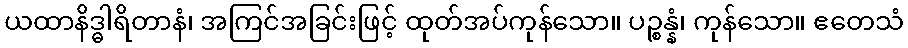
ယထာနိဒ္ဓါရိတာနံ၊ အကြင်အခြင်းဖြင့် ထုတ်အပ်ကုန်သော။ ပဉ္စန္နံ၊ ကုန်သော။ ဧတေသံ